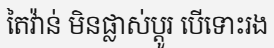
តៃវ៉ាន់ មិនផ្លាស់ប្តូរ បើទោះរង